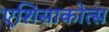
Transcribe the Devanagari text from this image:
एशिसाकोत्स